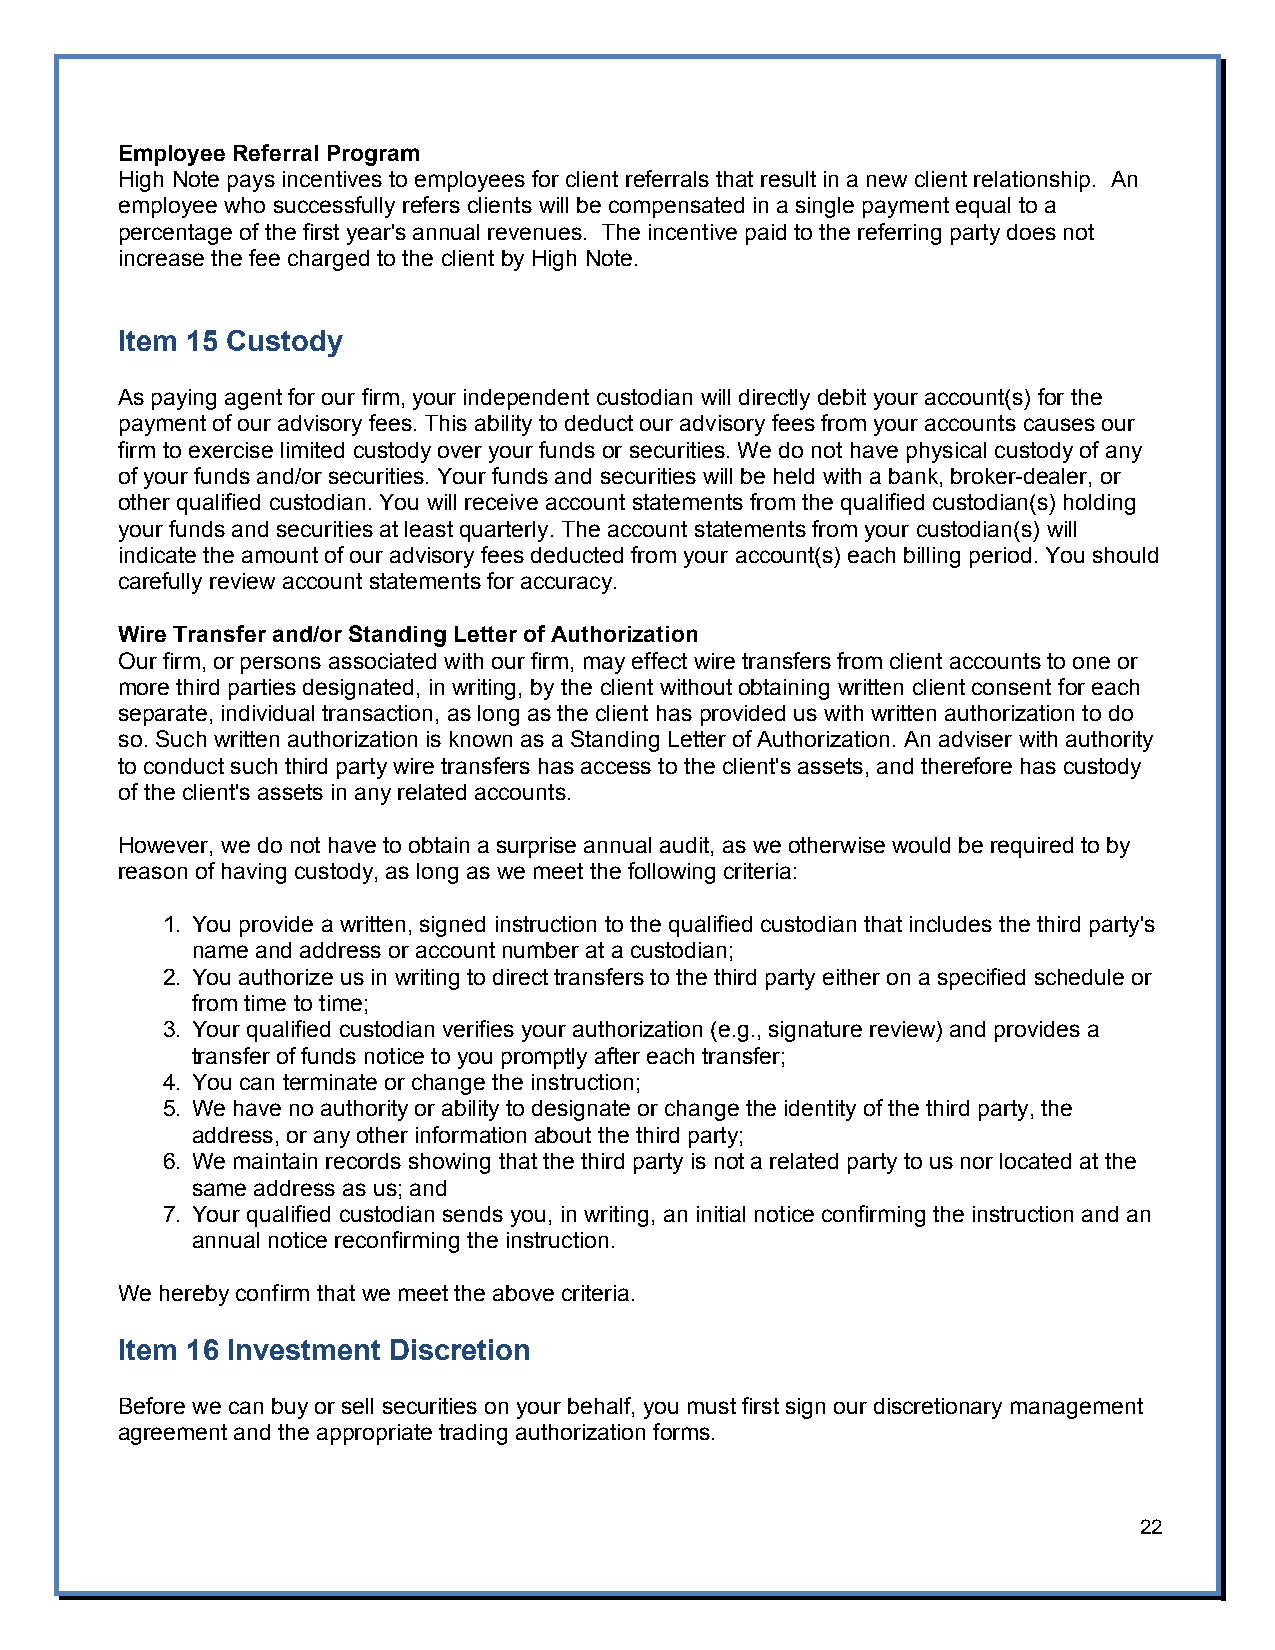
Employee Referral Program
 High Note pays incentives to employees for client referrals that result in a new client relationship. An
 employee who successfully refers clients will be compensated in a single payment equal to a
 percentage of the first year's annual revenues. The incentive paid to the referring party does not
 increase the fee charged to the client by High Note.
 Item 15 Custody
 As paying agent for our firm, your independent custodian will directly debit your account(s) for the
 payment of our advisory fees. This ability to deduct our advisory fees from your accounts causes our
 firm to exercise limited custody over your funds or securities. We do not have physical custody of any
 of your funds and/or securities. Your funds and securities will be held with a bank, broker-dealer, or
 other qualified custodian. You will receive account statements from the qualified custodian(s) holding
 your funds and securities at least quarterly. The account statements from your custodian(s) will
 indicate the amount of our advisory fees deducted from your account(s) each billing period. You should
 carefully review account statements for accuracy.
 Wire Transfer and/or Standing Letter of Authorization
 Our firm, or persons associated with our firm, may effect wire transfers from client accounts to one or
 more third parties designated, in writing, by the client without obtaining written client consent for each
 separate, individual transaction, as long as the client has provided us with written authorization to do
 so. Such written authorization is known as a Standing Letter of Authorization. An adviser with authority
 to conduct such third party wire transfers has access to the client's assets, and therefore has custody
 of the client's assets in any related accounts.
 However, we do not have to obtain a surprise annual audit, as we otherwise would be required to by
 reason of having custody, as long as we meet the following criteria:
 1. You provide a written, signed instruction to the qualified custodian that includes the third party's
 name and address or account number at a custodian;
 2. You authorize us in writing to direct transfers to the third party either on a specified schedule or
 from time to time;
 3. Your qualified custodian verifies your authorization (e.g., signature review) and provides a
 transfer of funds notice to you promptly after each transfer;
 4. You can terminate or change the instruction;
 5. We have no authority or ability to designate or change the identity of the third party, the
 address, or any other information about the third party;
 6. We maintain records showing that the third party is not a related party to us nor located at the
 same address as us; and
 7. Your qualified custodian sends you, in writing, an initial notice confirming the instruction and an
 annual notice reconfirming the instruction.
 We hereby confirm that we meet the above criteria.
 Item 16 Investment Discretion
 Before we can buy or sell securities on your behalf, you must first sign our discretionary management
 agreement and the appropriate trading authorization forms.
 22